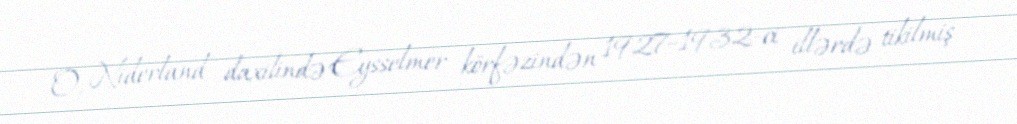
O, Niderland daxilində Eysselmer körfəzindən 1927–1932-ci illərdə tikilmiş